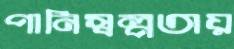
পানিস্বল্পতায়